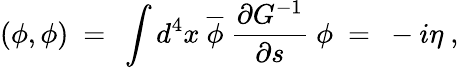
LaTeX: (\phi,\phi)\ =\ \int d^{4}x\ \overline{{\phi}}\ \frac{\partial G^{-1}}{\partial s}\ \phi\ =\ -i\eta\ ,